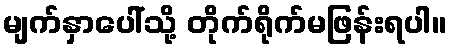
မျက်နှာပေါ်သို့ တိုက်ရိုက်မဖြန်းရပါ။